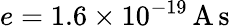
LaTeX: e=1.6\times 10^{-19}\, \mathrm{A}\, \mathrm{s}